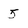
Character: 5